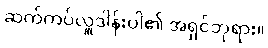
ဆက်ကပ်လှူဒါန်းပါ၏ အရှင်ဘုရား။